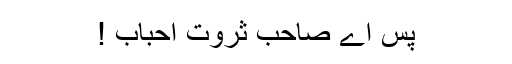
پس اے صاحب ثروت احباب !